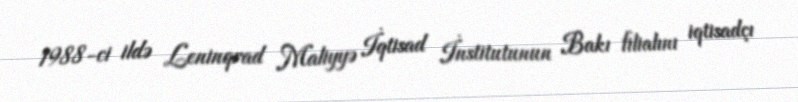
1988-ci ildə Leninqrad Maliyyə İqtisad İnstitutunun Bakı filialını iqtisadçı